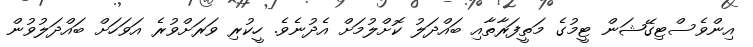
އިންވެސްޓިގޭޝަން ޓީމުގެ މަތީފަރާތާއި ބައްދަލު ކޮށްލުމަށް އެދުނެވެ. ހީކުރި ވަރަށްވުރެ އަވަހަށް ބައްދަލުވުން